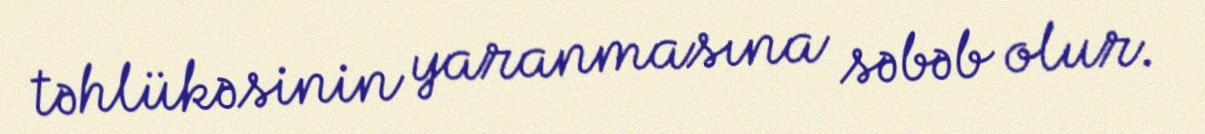
təhlükəsinin yaranmasına səbəb olur.